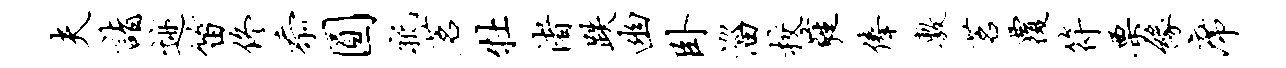
夫诣迹笛佟忝圆祗茗牡渚跌幽卧淄校蕤俸敷茗覆符栗缘席